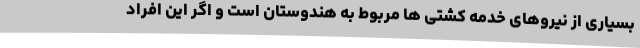
بسیاری از نیروهای خدمه کشتی ها مربوط به هندوستان است و اگر این افراد